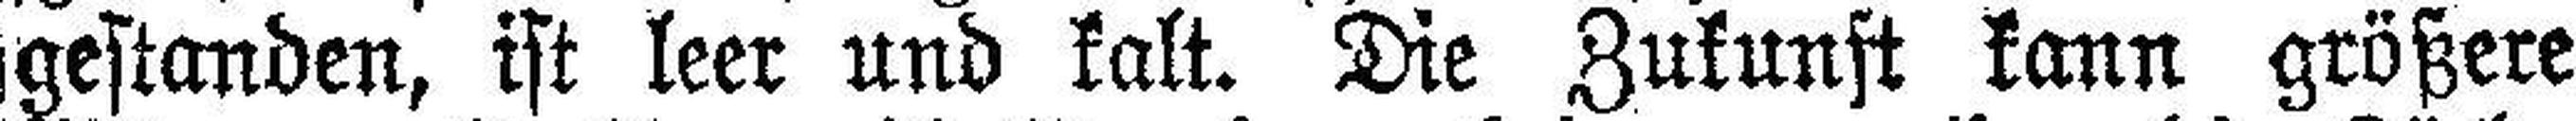
gestanden, ist leer und kalt. Die Zukunft kann größere